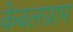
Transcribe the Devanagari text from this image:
केबलग्राम